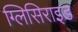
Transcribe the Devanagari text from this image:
ग्लिसिराइड